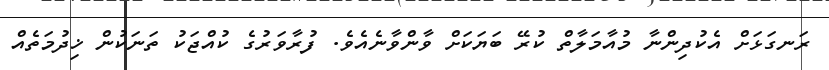
ރަނގަޅަށް އެކުދިންނާ މުއާމަލާތް ކުރޭ ބަޔަކަށް ވާންވާނެއެވެ. ފުރާވަރުގެ ކުއްޖަކު ތަނަކުން ޚިދުމަތެއް